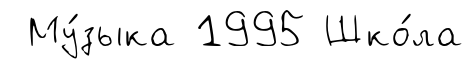
Му́зыка 1995 Шко́ла